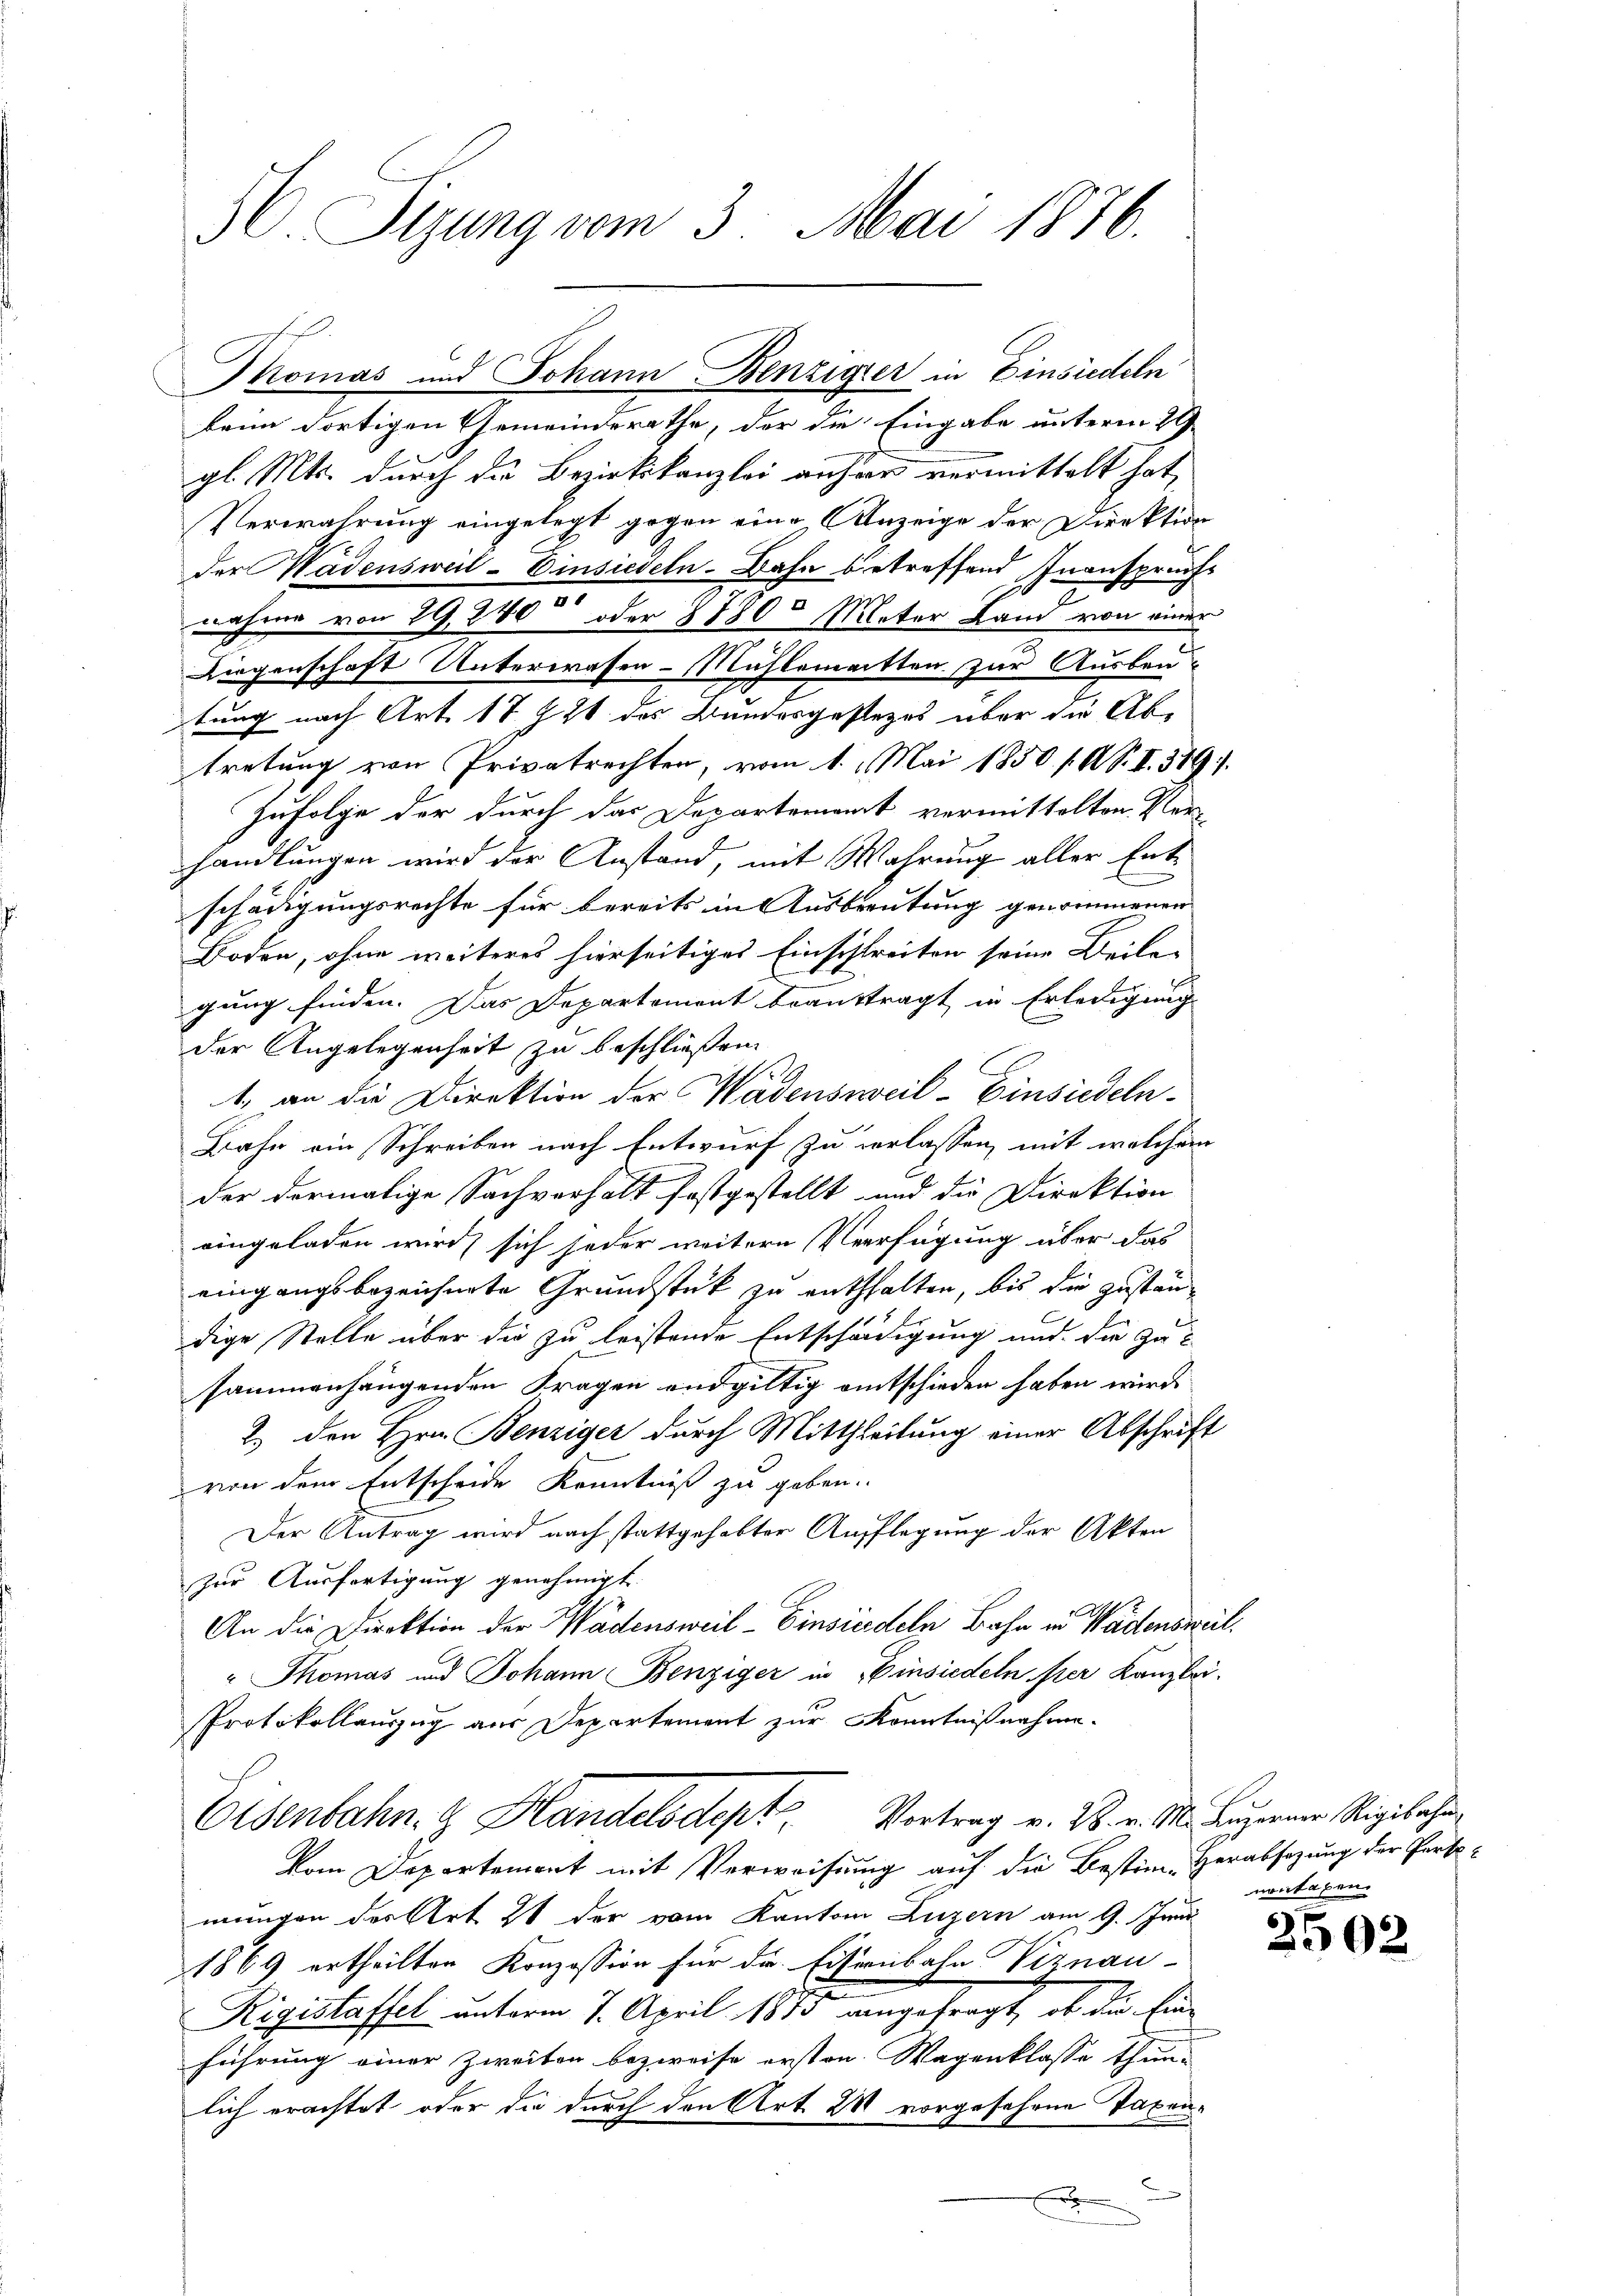
36 Sizung vom 3. Mai 1876.

beim dortigen Gemeinderathe, der die Eingabe unterm 29
gl. Mts. durch die Bezirkskanzlei anher vermittelt hat,
Verwahrung eingelegt gegen eine Anzeige der Direktion
der Wädensweil–Einsiedeln. Dahn betreffend Inanspruchs
nahme von 29, 240 oder 37800 Meter Land von einer
Liegenschaft Unterwesen-Mühlematten zur Ausbautung nach Art. 17 f 24 des Bundesgestezes über die Abtretung von Privatrechten, vom 1. Mai 1850 /A S. I. 389.
Zufolge der durch das Departement vermittelten Ver-
handlungen wird der Anstand, mit Wahrung aller Entschädigungsrechte für bereits in Ausbreitung genommenen
Boden, ohne weiteres hierseitiges Einschleiten seine Beile-
gung finden. Das Departement beauftragt in Erledigung
der Angelegenheit zu beschließen
1
1. an die Direktion der Wadensweil–Einsiedeln.
Bahn ein Schreiben nach Entwurf zu verlassen, mit welchem
der dermalige Sachverhalt festgestellt und die Direktion
eingeladen wird, sich jeder weitere Verfügung über das
eingangsbezeichnete Grundstück zu enthalten, bis die Zustan¬
C
dige Stelle über die zu leistende Entschädigung und die Zusammenhängenden Fragen endgültig entschieden haben wird.
2.) den Hrn. Benziger durch Mittheilung einer Abschrift
von dem Entscheide Kenntniß zu geben.
Der Antrag wird nach stattgehabter Aufflegung der Akten
zur Ausfertigung genehmigt.
An die Direktion der Wadensweil–Einsiedeln Bahn in Wädensweil
" Thomas und Johann Benziger in Einsiedeln fier Kanzlei-
Protokollauszug aus Departement zur Kenntnißnahme.
Elsenbahn- & Handelsdept Vortrag v. 28. v. M. Luzerner Rigibahn
vom Departement mit Verweisung auf die Bestim-Herabsazung der Partemungen des Art 21 der vom Kanton Luzern am 9. Juni
1869 ertheilten Konzession für die Eisenbahn Viznau-
Rigislaffel unterm 7. April 1873 angefragt, ob die Ein-
führung einer Zweiten bezweife ersten Wagenklasse thunlich erachtet oder die durch den Art. 28 vorgesehene Taxen¬
u

Momas und Johann Benziger in Einsiedeln

montagen.

2502